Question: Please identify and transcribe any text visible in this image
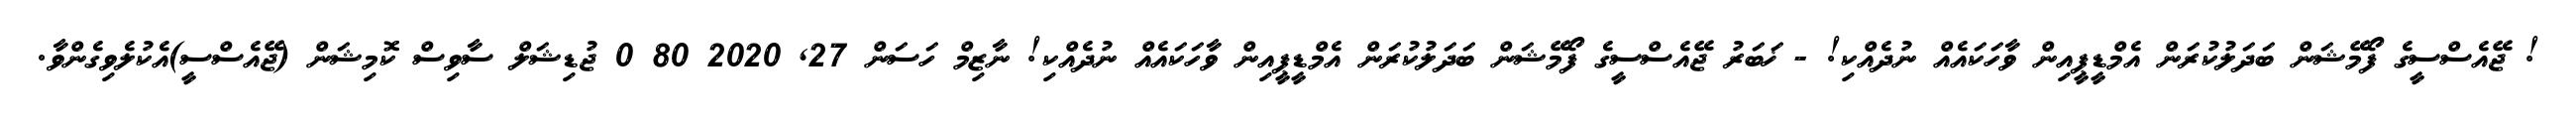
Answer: ! ޖޭއެސްސީގެ ފޯމޭޝަން ބަދަލުކުރަން އެމްޑީޕީއިން ވާހަކައެއް ނުދެއްކި! - ޚަބަރު ޖޭއެސްސީގެ ފޯމޭޝަން ބަދަލުކުރަން އެމްޑީޕީއިން ވާހަކައެއް ނުދެއްކި! ނާޒިމް ހަސަން 27, 2020 80 0 ޖުޑިޝަލް ސާވިސް ކޮމިޝަން (ޖޭއެސްސީ)އެކުލެވިގެންވާ.